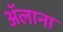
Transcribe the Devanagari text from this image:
ॲलाना